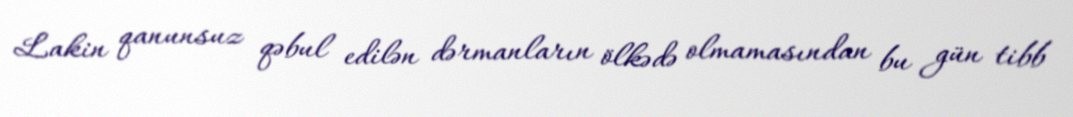
Lakin qanunsuz qəbul edilən dərmanların ölkədə olmamasından bu gün tibb